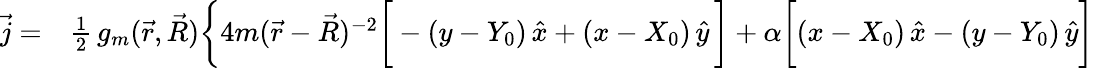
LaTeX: \begin{array}{rl}{\vec{j}=}&{{}\frac{1}{2}\, g_{m}(\vec{r},\vec{R})\bigg\{ 4m(\vec{r}-\vec{R})^{-2}\bigg[-(y-Y_{0})\, \hat{x}+(x-X_{0})\, \hat{y}\, \bigg]+\alpha\bigg[(x-X_{0})\, \hat{x}-(y-Y_{0})\, \hat{y}\bigg]}\end{array}